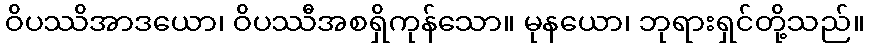
ဝိပဿိအာဒယော၊ ဝိပဿီအစရှိကုန်သော။ မုနယော၊ ဘုရားရှင်တို့သည်။